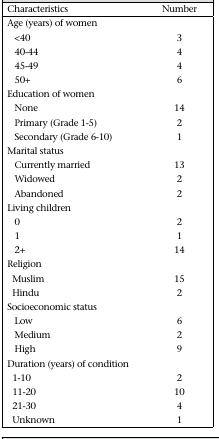
| Characteristics | Number |
 | --- | --- |
 | Age (years) of women |  |
 | <40 | 3 |
 | 40-44 | 4 |
 | 45-49 | 4 |
 | 50+ | 6 |
 | Education of women |  |
 | None | 14 |
 | Primary (Grade 1-5) | 2 |
 | Secondary (Grade 6-10) | 1 |  |
 | Marital status |  |
 | Currently married | 13 |
 | Widowed | 2 |
 | Abandoned | 2 |
 | Living children |  |
 | 0 | 2 |
 | 1 | 1 |
 | 2+ | 14 |
 | Religion |  |
 | Muslim | 15 |
 | Hindu | 2 |
 | Socioeconomic status |  |
 | Low | 6 |
 | Medium | 2 |
 | High | 9 |
 | Duration (years) of condition |  |
 | 1-10 | 2 |
 | 11-20 | 10 |
 | 21-30 | 4 |
 | Unknown | 1 |